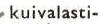
kuivalasti-